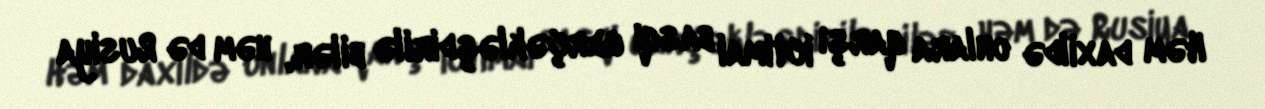
Həm daxildə onlara qarşı ictimai basqı gerçəkləşdirilə bilər, həm də Rusiya